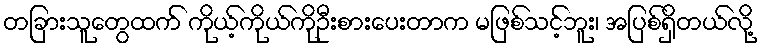
တခြားသူတွေထက် ကိုယ့်ကိုယ်ကိုဦးစားပေးတာက မဖြစ်သင့်ဘူး၊ အပြစ်ရှိတယ်လို့